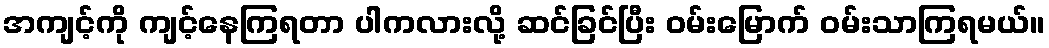
အကျင့်ကို ကျင့်နေကြရတာ ပါကလားလို့ ဆင်ခြင်ပြီး ဝမ်းမြောက် ဝမ်းသာကြရမယ်။